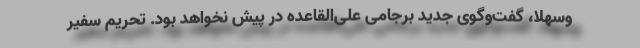
وسهلا، گفت‌وگوی جدید برجامی علی‌القاعده در پیش نخواهد بود. تحریم سفیر